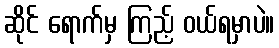
ဆိုင် ရောက်မှ ကြည့် ဝယ်ရမှာပဲ။